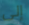
إلى